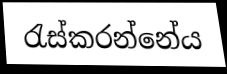
රැස්කරන්නේය